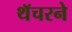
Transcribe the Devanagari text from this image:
थॅचरने